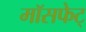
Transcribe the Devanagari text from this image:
मॉसफेट्